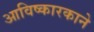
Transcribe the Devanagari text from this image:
आविष्कारकाने